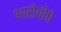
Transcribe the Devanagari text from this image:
आरोपीचे